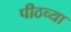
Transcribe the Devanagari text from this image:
पीठच्या